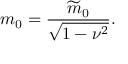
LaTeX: m _ { 0 } = \frac { \widetilde { m } _ { 0 } } { \sqrt { 1 - \nu ^ { 2 } } } .